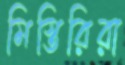
মিস্তিরিরা